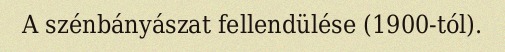
A szénbányászat fellendülése (1900-tól).